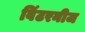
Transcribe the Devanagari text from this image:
विंटरनीज